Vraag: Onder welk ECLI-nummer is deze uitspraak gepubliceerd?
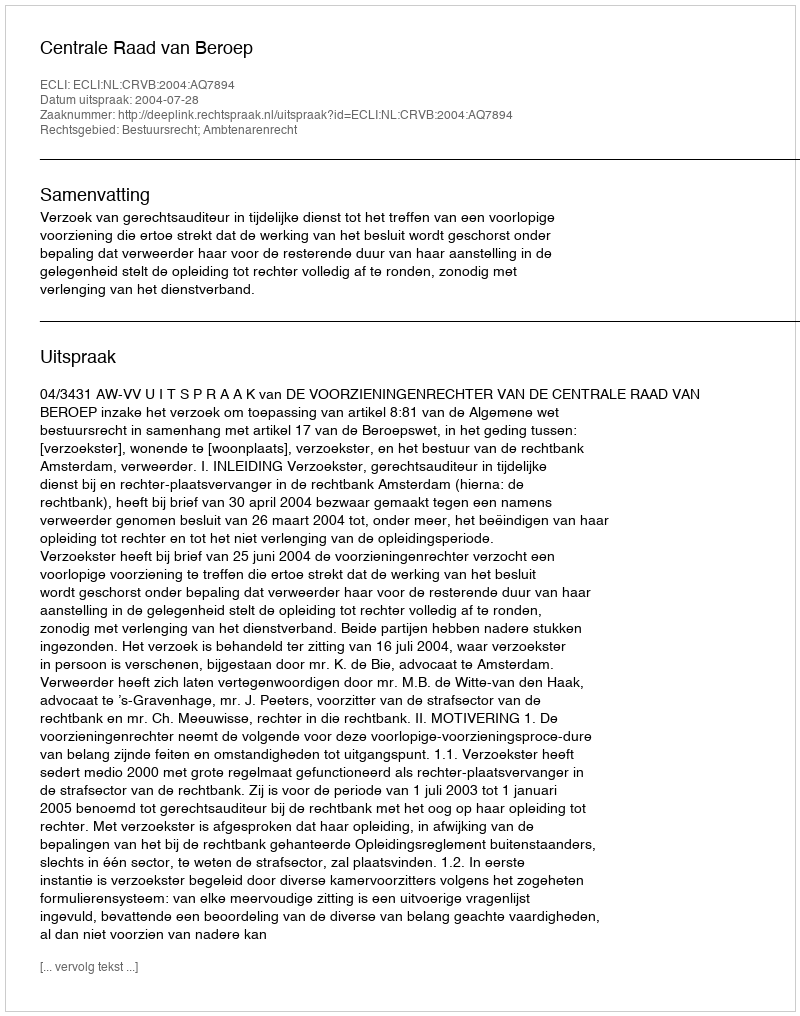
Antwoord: ECLI:NL:CRVB:2004:AQ7894